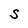
Character: S